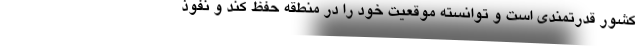
کشور قدرتمندی است و توانسته موقعیت خود را در منطقه حفظ کند و نفوذ